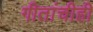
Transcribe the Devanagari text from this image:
गीतांचीही